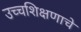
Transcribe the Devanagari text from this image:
उच्चशिक्षणाचे